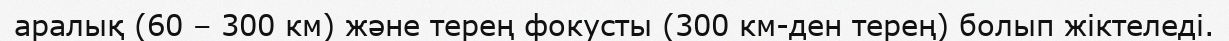
аралық (60 – 300 км) және терең фокусты (300 км-ден терең) болып жіктеледі.